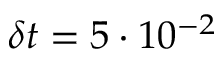
\delta t = 5 \cdot 1 0 ^ { - 2 }